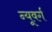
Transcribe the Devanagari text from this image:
न्यूवर्ग